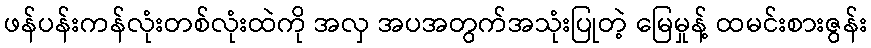
ဖန်ပန်းကန်လုံးတစ်လုံးထဲကို အလှ အပအတွက်အသုံးပြုတဲ့ မြေမှုန့် ထမင်းစားဇွန်း